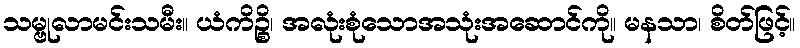
သမ္ဗုလာမင်းသမီး။ ယံကိဉ္စိ၊ အလုံးစုံသောအသုံးအဆောင်ကို။ မနသာ၊ စိတ်ဖြင့်။